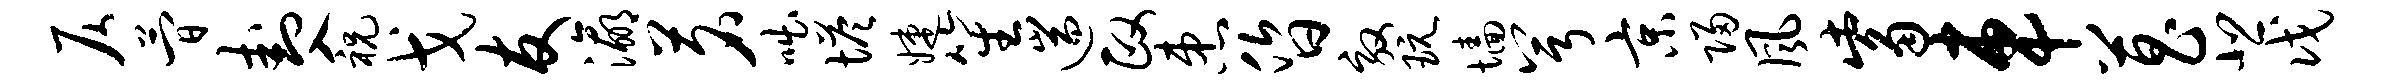
仄简卦入祝戈友瀛茗咄塔婕笙遄政患昏效玩墙兮京归风觜车菖悲戊